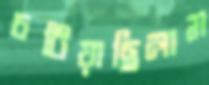
চটিয়াছিলাম